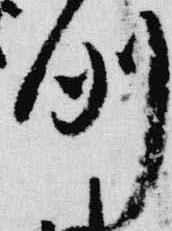
例